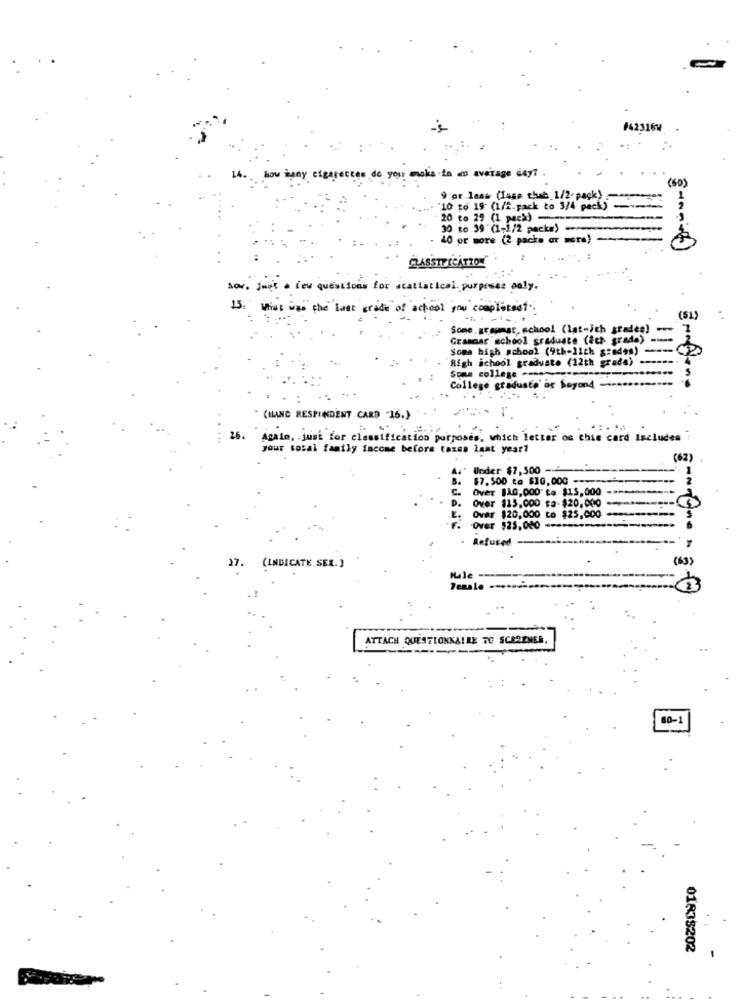
F42316W
How many cigarettes do you make to an average day?
(60)
9 or laat (fags chat 1/2-pack)
10 to 19 (1/2.pack to 3/4 pack)-
20 to 29 (1 pack)-
30 to 39 (1-1/2 packe)
40 or more (2 packs or more)
Now. just a few questions for statistical purposes only.
15. What "s"the"Last grade" of school you completed ".
(51)
Some grammar school (lat-ith grades)
Grammar school graduate (&ch grado) -
Some high school (9th-1ich g=649s)
High school graduate (12th grade)
Sons college ---
College graduate' ac beyond -
" (HAND RESPONDENT CARD -16.)
26.
Agalo, just for classification purposes, which letter os chie card includes
your tosal family income before taxes laat year?
(62)
Under $7,500 ---
$7.500 ta $10,000 ---
Over $10,000 to $15,000
Over $15,000 sa-$20.000
Ovar $20,000 to $25,000
over $25,000 ---
17. (INDICATE SEX.)
Kule
ATTACH QUESTIONNAIRE TO SCORENER.
----
80-1
01835202